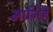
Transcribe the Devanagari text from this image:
मानिहैं